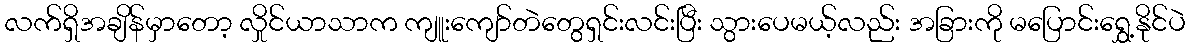
လက်ရှိအချိန်မှာတော့ လှိုင်ယာသာက ကျူးကျော်တဲတွေရှင်းလင်းပြီး သွားပေမယ့်လည်း အခြားကို မပြောင်းရွှေ့နိုင်ပဲ